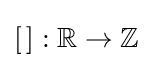
\left[\,\right]:\mathbb {R} \to \mathbb {Z}